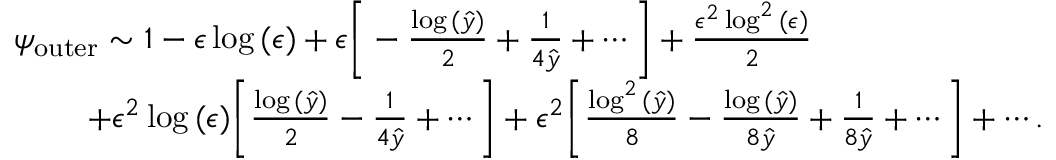
\begin{array} { r } { \psi _ { \mathrm { o u t e r } } \sim 1 - \epsilon \log { ( \epsilon ) } + \epsilon \bigg [ - \frac { \log { ( \hat { y } ) } } { 2 } + \frac { 1 } { 4 \hat { y } } + \cdots \bigg ] + \frac { \epsilon ^ { 2 } \log ^ { 2 } { ( \epsilon ) } } { 2 } \qquad \qquad \qquad \quad } \\ { + \epsilon ^ { 2 } \log { ( \epsilon ) } \bigg [ \frac { \log { ( \hat { y } ) } } { 2 } - \frac { 1 } { 4 \hat { y } } + \cdots \bigg ] + \epsilon ^ { 2 } \bigg [ \frac { \log ^ { 2 } { ( \hat { y } ) } } { 8 } - \frac { \log { ( \hat { y } ) } } { 8 \hat { y } } + \frac { 1 } { 8 \hat { y } } + \cdots \bigg ] + \cdots . } \end{array}